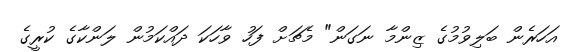
އަހަރެން ބަލިވުމުގެ ޒިންމާ ނަގަން" މެޗަށް ފަހު ވާހަކަ ދައްކަމުން ލަންކާގެ ކުރީގެ